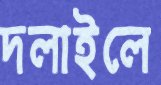
দলাইলে